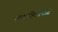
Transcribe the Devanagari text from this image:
बटालियनमध्ये